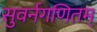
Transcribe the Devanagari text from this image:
सुवर्नगणितम्